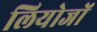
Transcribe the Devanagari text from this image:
लियोजों